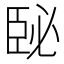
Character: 𦣥